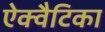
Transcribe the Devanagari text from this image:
ऐक्वैटिका